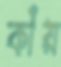
কাঁয়